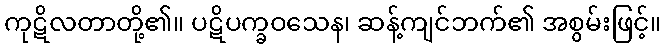
ကုဋိလတာတို့၏။ ပဋိပက္ခဝသေန၊ ဆန့်ကျင်ဘက်၏ အစွမ်းဖြင့်။